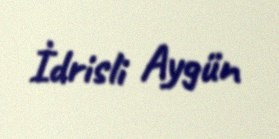
İdrisli Aygün